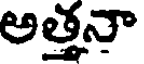
అత్తనా